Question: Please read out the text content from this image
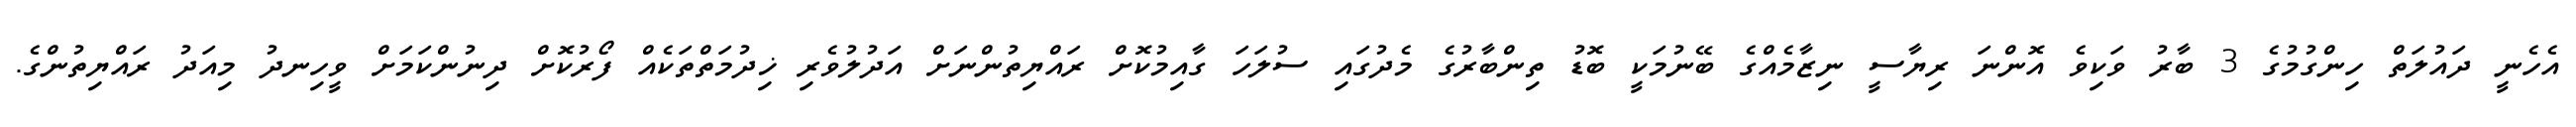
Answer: އެހެނީ ދައުލަތް ހިންގުމުގެ 3 ބާރު ވަކިވެ އޮންނަ ރިޔާސީ ނިޒާމެއްގެ ބޭނުމަކީ ބޮޑު ތިންބާރުގެ މެދުގައި ސުލަހަ ގާއިމުކޮށް ރައްޔިތުންނަށް އަދުލުވެރި ޚިދުމަތްތަކެއް ފޯރުކޮށް ދިނުންކަމަށް ވީހިނދު މިއަދު ރައްޔިތުންގެ.